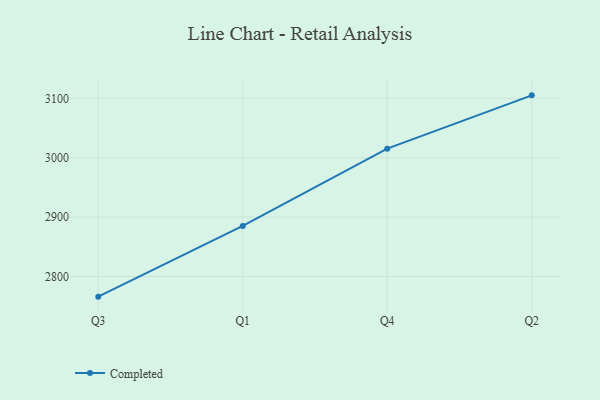
{"axis": {"x": "Quarter", "y": "Website Visitors"}, "legend": ["Completed"], "data": [{"x": "Q3", "y": 2766.1, "type": "Completed"}, {"x": "Q1", "y": 2885.2, "type": "Completed"}, {"x": "Q4", "y": 3015.3, "type": "Completed"}, {"x": "Q2", "y": 3105.0, "type": "Completed"}]}